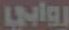
روابي